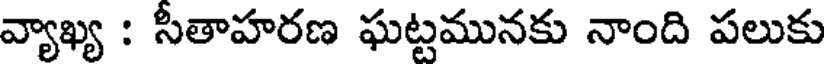
వ్యాఖ్య : సీతాహరణ ఘట్టమునకు నాంది పలుకు